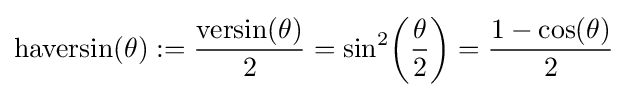
{\textrm {haversin}}(\theta ):={\frac {{\textrm {versin}}(\theta )}{2}}=\sin ^{2}\!\left({\frac {\theta }{2}}\right)={\frac {1-\cos(\theta )}{2}}